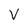
Character: V